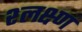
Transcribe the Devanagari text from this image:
श्लक्ष्ण